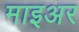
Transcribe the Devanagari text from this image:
माइअर